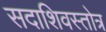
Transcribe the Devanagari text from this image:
सदाशिवस्तोत्र